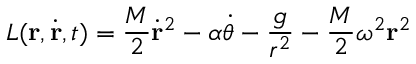
L ( { \bf r } , \dot { \bf r } , t ) = \frac { M } { 2 } \dot { \bf r } ^ { 2 } - \alpha \dot { \theta } - \frac { g } { r ^ { 2 } } - \frac { M } { 2 } \omega ^ { 2 } { \bf r } ^ { 2 }